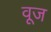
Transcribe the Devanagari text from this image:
वूज